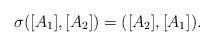
LaTeX: \begin{align*}\sigma([A_{1}],[A_{2}])=([A_{2}],[A_{1}]). \end{align*}